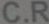
C.R